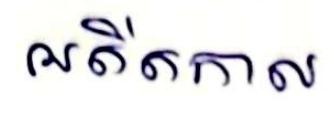
អតីតកាល